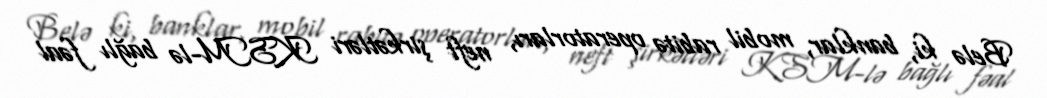
Belə ki, banklar, mobil rabitə operatorları, neft şirkətləri KSM-lə bağlı fəal